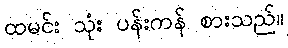
ထမင်း သုံး ပန်းကန် စားသည်။